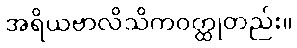
အရိယဗာလိသိကဝတ္ထုတည်း။